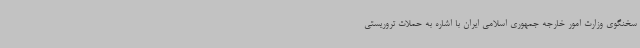
سخنگوی وزارت امور خارجه جمهوری اسلامی ایران با اشاره به حملات تروریستی